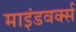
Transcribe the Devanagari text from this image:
माइंडवर्क्स